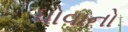
ધોવાનો